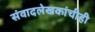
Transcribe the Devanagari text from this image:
संवादलेखकांचीही